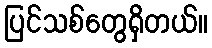
ပြင်သစ်တွေရှိတယ်။